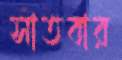
সাতবার